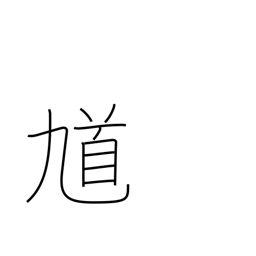
Meaning: road